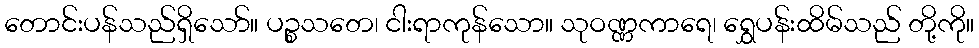
တောင်းပန်သည်ရှိသော်။ ပဉ္စသတေ၊ ငါးရာကုန်သော။ သုဝဏ္ဏကာရေ၊ ရွှေပန်းထိမ်သည် တို့ကို။